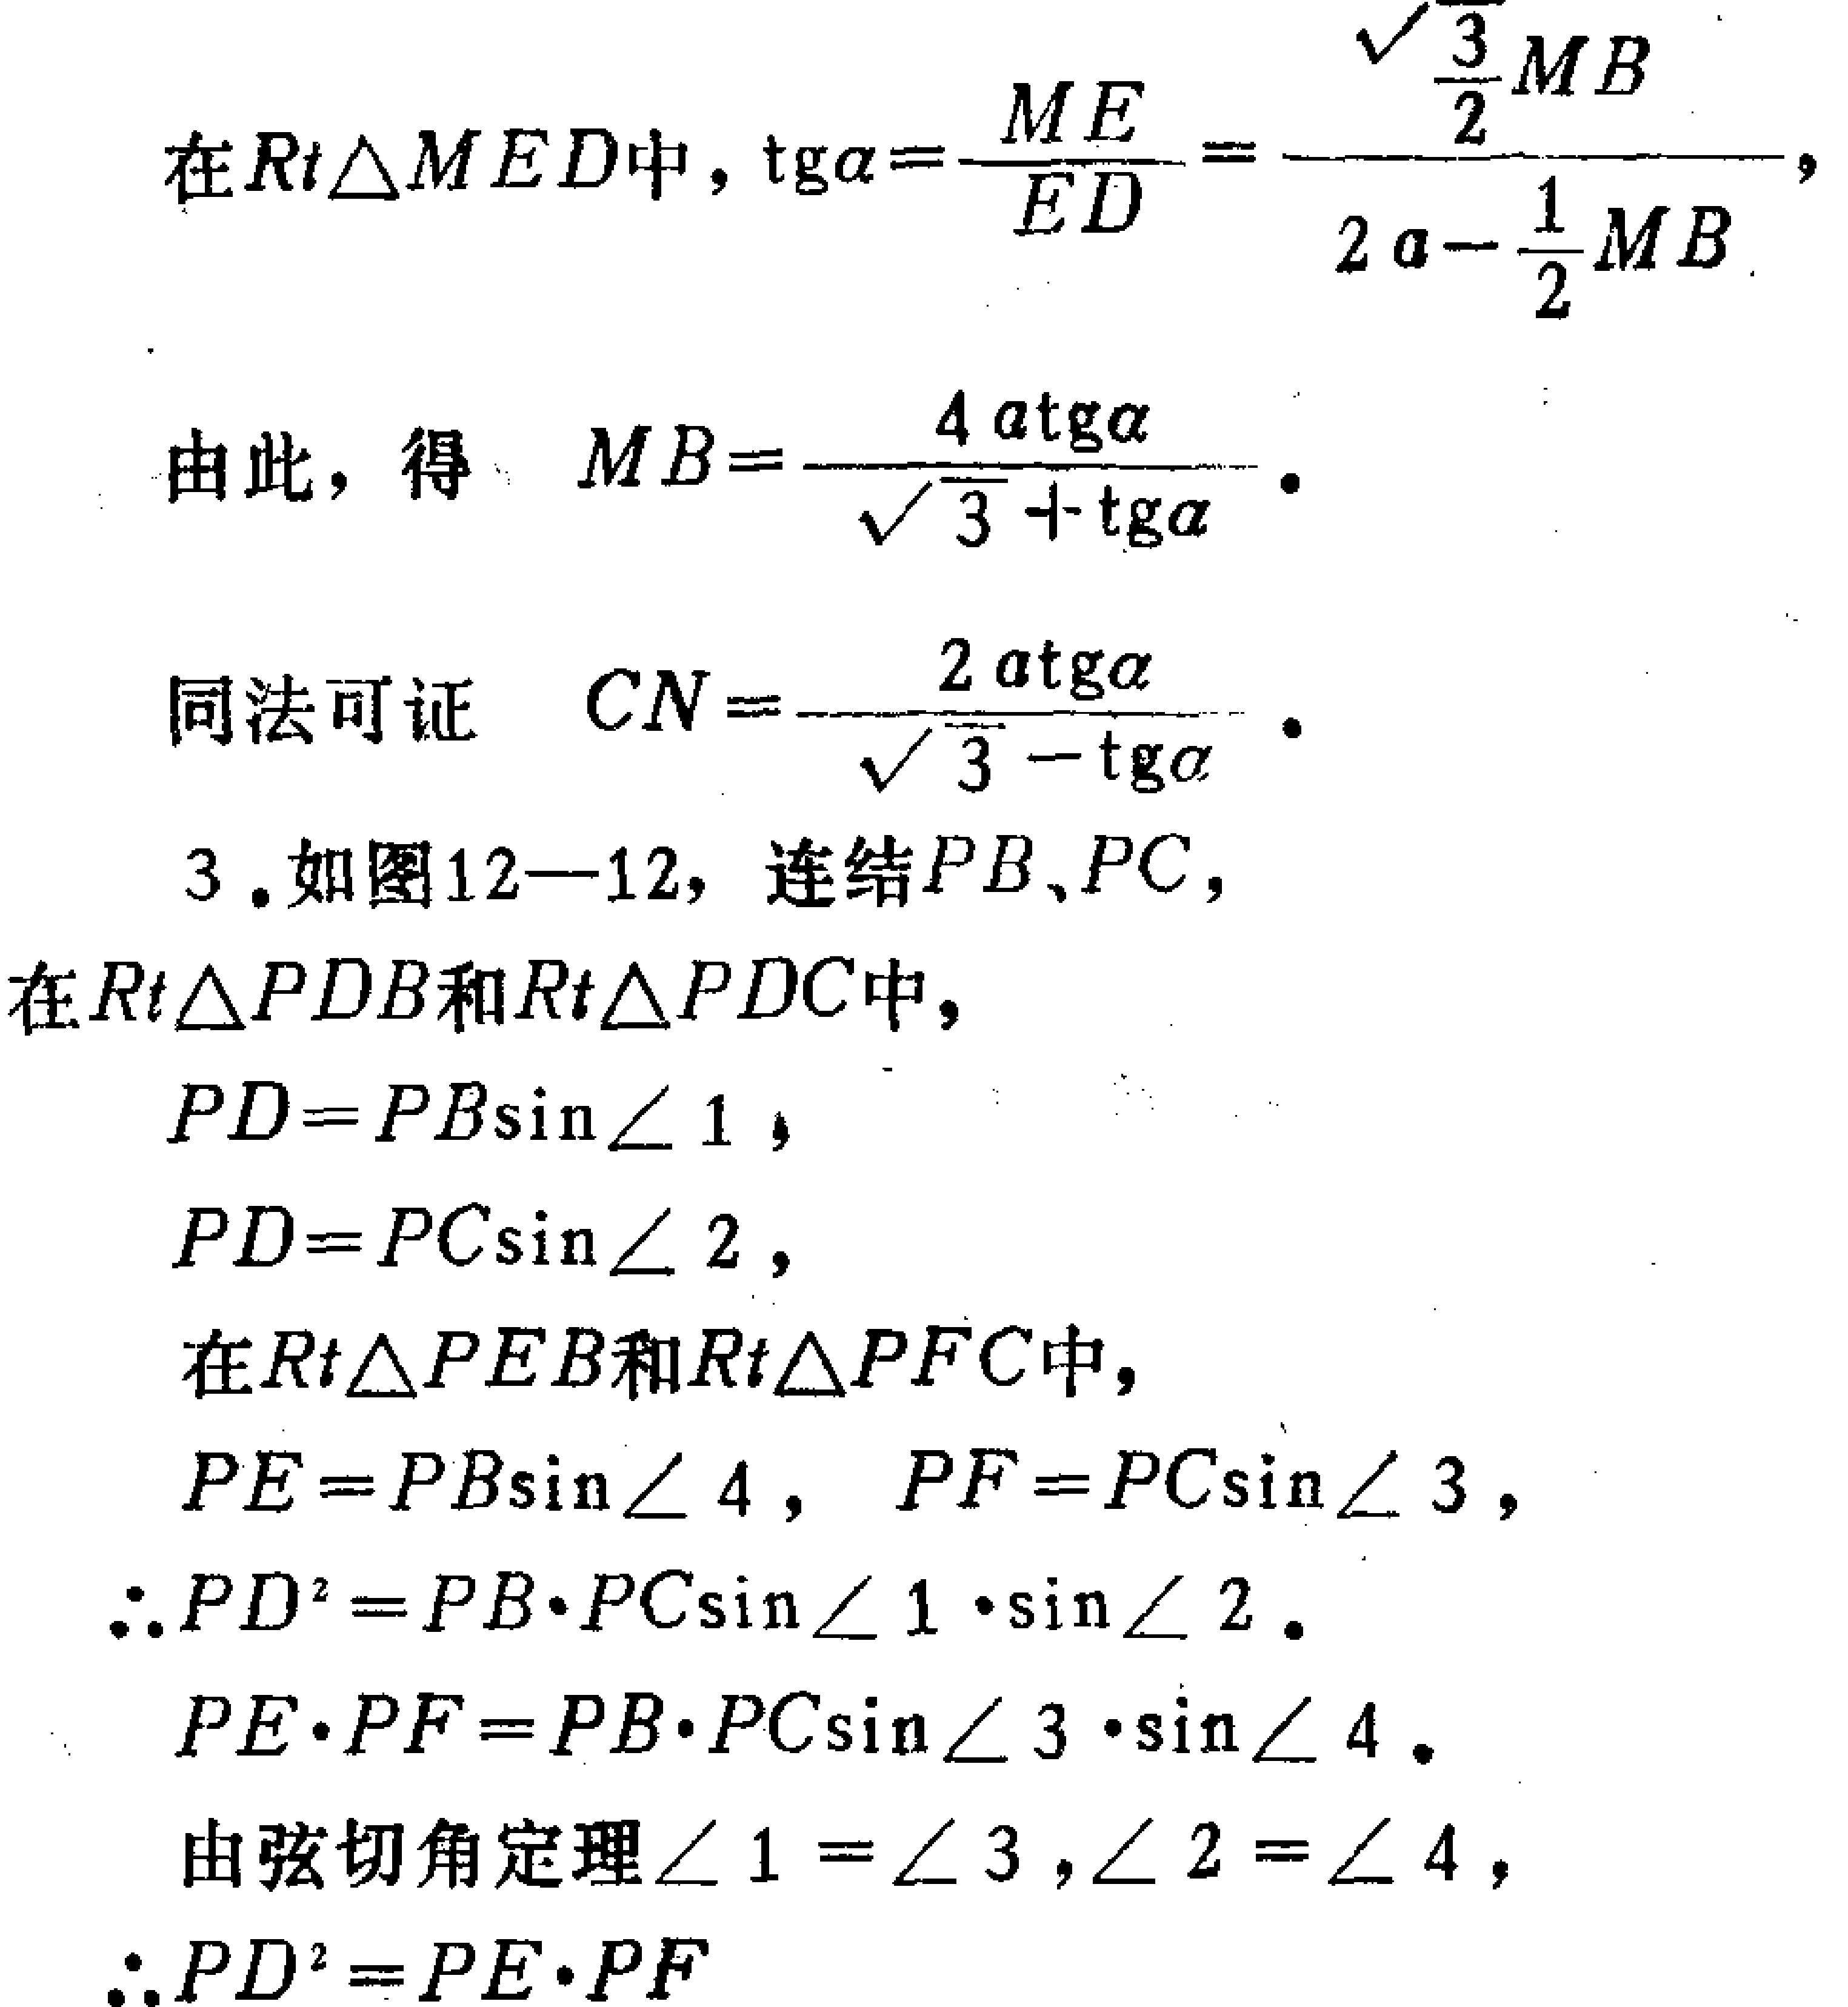
在\(Rt\triangle MED\)中，\(\mathrm{tg}\alpha = \frac{ME}{ED}=\frac{\frac{\sqrt{3}}{2}MB}{2a - \frac{1}{2}MB}\)，
由此，得 \(MB = \frac{4a\mathrm{tg}\alpha}{\sqrt{3}+\mathrm{tg}\alpha}\)。
同法可证 \(CN = \frac{2a\mathrm{tg}\alpha}{\sqrt{3}-\mathrm{tg}\alpha}\)。
3. 如图12—12，连结\(PB\)、\(PC\)，
在\(Rt\triangle PDB\)和\(Rt\triangle PDC\)中，
\(PD = PB\sin\angle 1\)，
\(PD = PC\sin\angle 2\)，
在\(Rt\triangle PEB\)和\(Rt\triangle PFC\)中，
\(PE = PB\sin\angle 4\)，\(PF = PC\sin\angle 3\)，
\(\therefore PD^{2}=PB\cdot PC\sin\angle 1\cdot\sin\angle 2\)。
\(PE\cdot PF = PB\cdot PC\sin\angle 3\cdot\sin\angle 4\)。
由弦切角定理\(\angle 1 = \angle 3\)，\(\angle 2 = \angle 4\)，
\(\therefore PD^{2}=PE\cdot PF\)